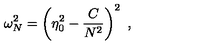
\omega _ { N } ^ { 2 } = \left( \eta _ { 0 } ^ { 2 } - \frac { C } { N ^ { 2 } } \right) ^ { 2 } \ ,